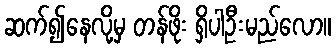
ဆက်၍နေလို့မှ တန်ဖိုး ရှိပါဦးမည်လော။